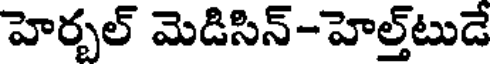
హెర్బల్ మెడిసిన్-హెల్త్టుడే